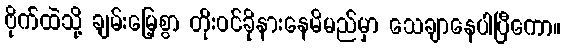
ဗိုက်ထဲသို့ ချမ်းမြေ့စွာ တိုးဝင်ခိုနားနေမိမည်မှာ သေချာနေပါပြီကော။